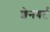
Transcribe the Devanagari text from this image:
शेनबर्ट